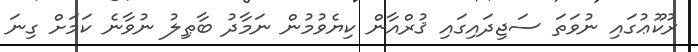
ރުކޫޢުގައި ނުވަތަ ސަޖިދައިގައި ޤުރްއާން ކިޔެވުމުން ނަމާދު ބާޠިލު ނުވާނެ ކަމަށް ގިނަ